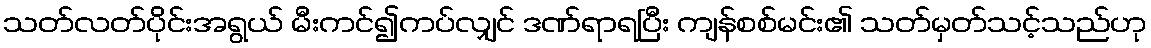
သတ်လတ်ပိုင်းအရွယ် မီးကင်၍ကပ်လျှင် ဒဏ်ရာရပြီး ကျန်စစ်မင်း၏ သတ်မှတ်သင့်သည်ဟု